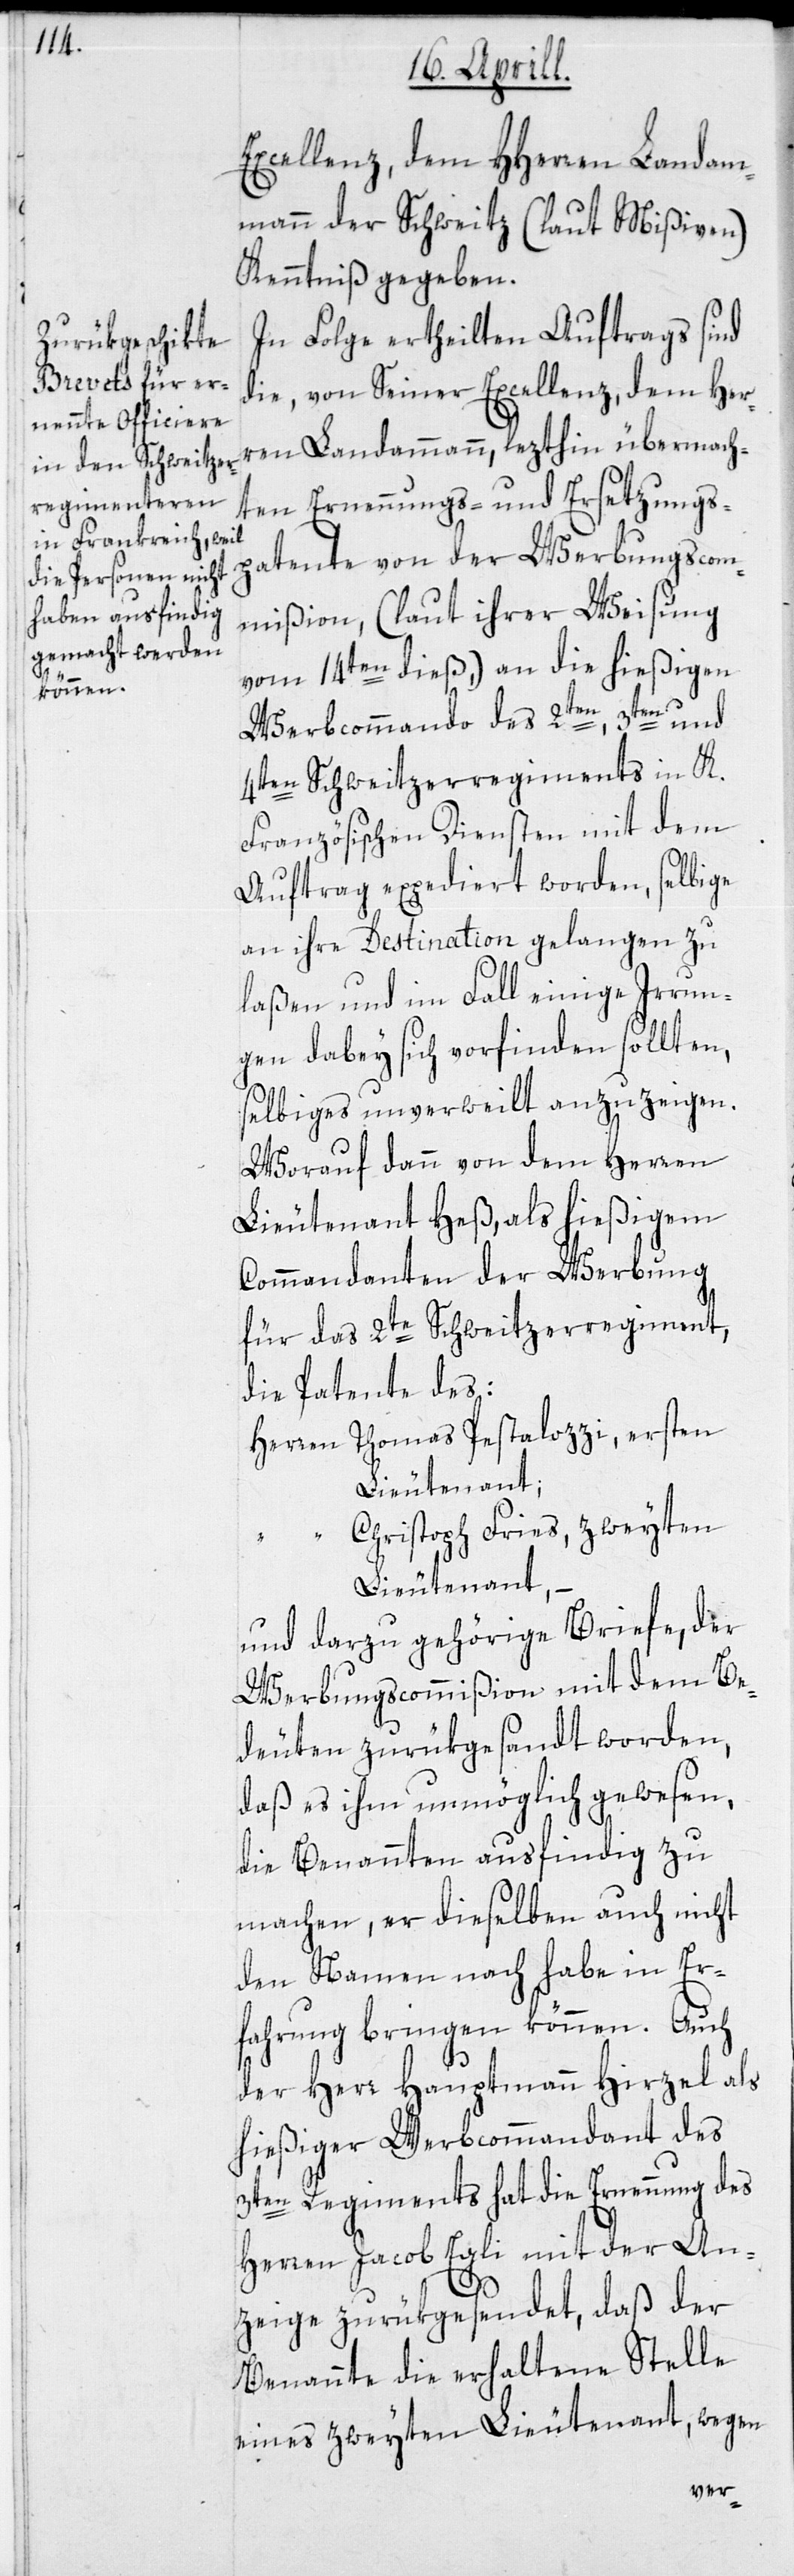
Excellenz, dem HHerren Landam¬
mann der Schweitz (laut Mißiven)
Kenntniß gegeben.
In Folge ertheilten Auftrags sind
die, von Seiner Excellenz, dem Her¬
ren Landammann, lezthin übermach¬
ten Ernennungs- und Ersetzungs¬
patente von der Werbungscom¬
mißion, (laut ihrer Weisung
vom 14ten dieß,) an die hießigen
Werbcommando des 2ten, 3ten und
4ten Schweitzerregiments in K.
Französischen Diensten mit dem
Auftrag expediert worden, selbige
an ihre Destination gelangen zu
laßen und im Fall einige Irrun¬
gen dabey sich vorfinden sollten,
selbiges unverweilt anzuzeigen.
Worauf dann von dem Herren
Lieutenant Heß, als hießigem
Commandanten der Werbung
für das 2te Schweitzerregiment,
die Patente des:
Herren Thomas Pestalozzi, ersten
Lieutenant;
“ Christoph Fries, zweyten
Lieutenant, –
und darzu gehörige Briefe, der
Werbungscommißion mit dem Be¬
deuten zurükgesandt worden,
daß es ihm unmöglich gewesen,
die Benannten ausfindig zu
machen, er dieselben auch nicht
den Namen nach habe in Er¬
fahrung bringen können. Auch
der Herr Hauptmann Hirzel als
hießiger Werbcommandant des
3ten Regiments hat die Ernennung des
Herren Jacob Egli mit der An¬
zeige zurükgesendet, daß der
Benannte die erhaltene Stelle
eines zweyten Lieutenant, wegen